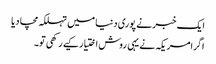
ایک خبر نے پوری دنیا میں تہلکہ مچا دیا
اگرامریکہ نے یہی روش اختیار کیے رکھی تو۔